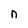
Character: n